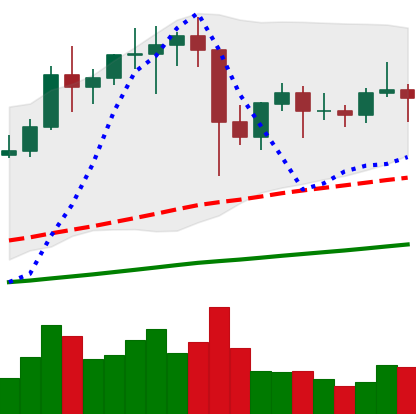
Ticker: LTC-USD
Chart end date: 2021-01-20
Forward return: -8.329%
Label: down_7plus